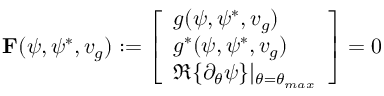
\mathbf { F } ( \psi , \psi ^ { * } , v _ { g } ) : = \left[ \begin{array} { l } { g ( \psi , \psi ^ { * } , v _ { g } ) } \\ { g ^ { * } ( \psi , \psi ^ { * } , v _ { g } ) } \\ { \Re \{ \partial _ { \theta } \psi \} | _ { \theta = \theta _ { m a x } } } \end{array} \right] = 0